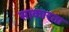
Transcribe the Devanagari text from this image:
साकारता